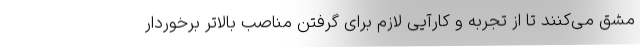
مشق می‌کنند تا از تجربه و کارآیی لازم برای گرفتن مناصب بالاتر برخوردار